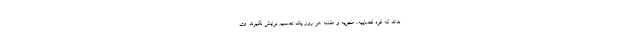
بداند که قوه قضاییه، مجریه و مقننه هر روز یک تصمیم برایش نگیرند. وی